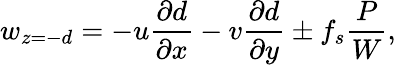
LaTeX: w_{z=-d}=-u\frac{\partial d}{\partial x}-v\frac{\partial d}{\partial y}\pm f_{s}\frac{P}{W},